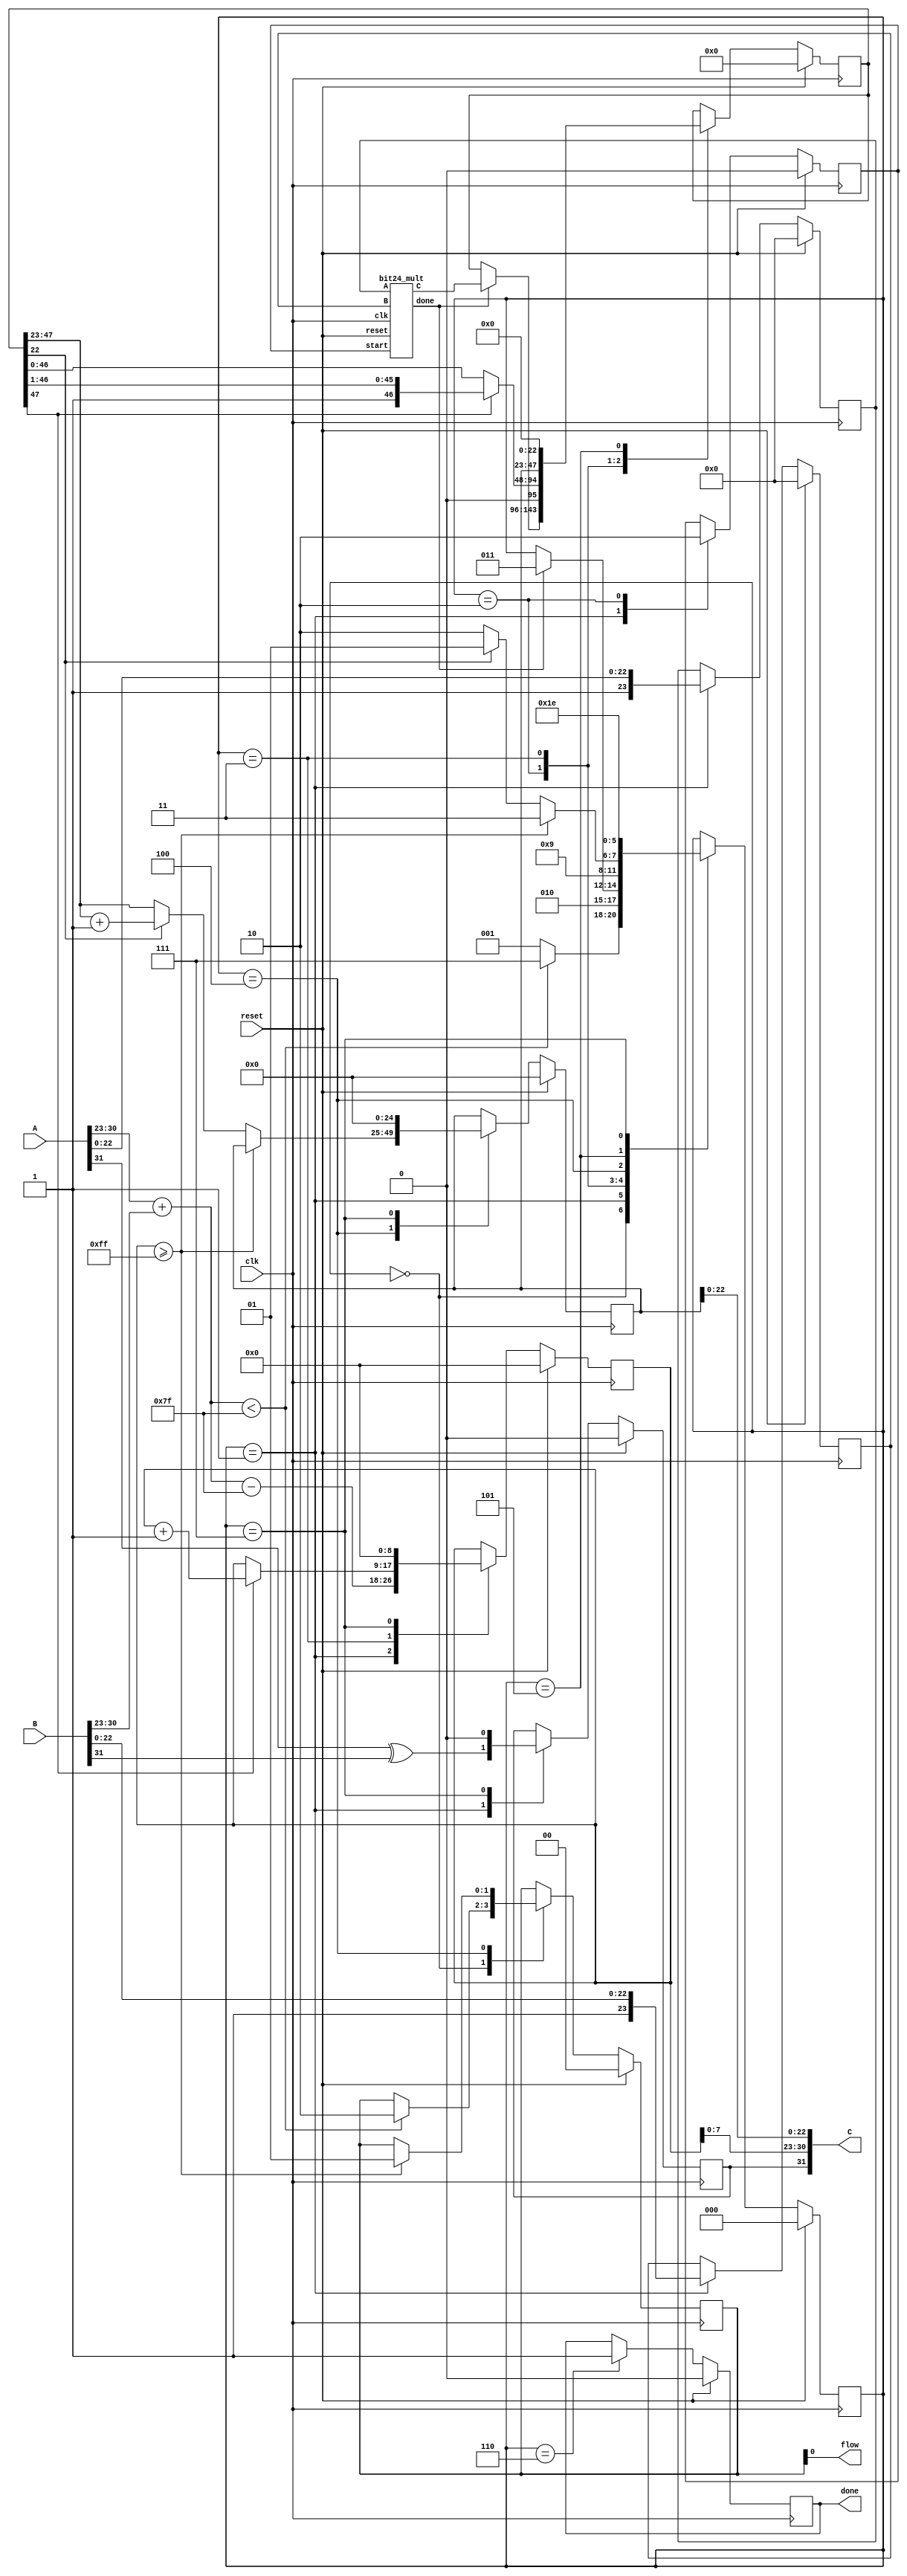
module fp_mult(A,B,clk,reset,C,done,flow);
    input [31:0] A,B;
    input clk;
    input reset;
    output [31:0] C;
    output done, flow;
    // state name
    parameter step1 = 3'b000;
    parameter step2 = 3'b001;
    parameter step3 = 3'b010;
    parameter step4 = 3'b011;
    parameter step5 = 3'b100;
    parameter step6 = 3'b101;
    parameter step7 = 3'b110;
    parameter step8 = 3'b111;
    parameter normal = 2'b00;
    parameter overflow = 2'b01;
    parameter underflow = 2'b10;
    
    reg [2:0] state;
    reg [1:0] r_flow;
    reg r_done;
    
    reg c1_out;
    reg [8:0] c2_out;
    reg [47:0] c3_out_b;
    reg [24:0] c3_out_s;
    
    reg [23:0] a_mult, b_mult;
    reg start;
    
    wire [47:0] c_mult;
    wire done_mult;
    
    wire a1_in = A[31];
    wire b1_in = B[31];
    wire [7:0] a2_in = A[30:23];
    wire [7:0] b2_in = B[30:23];
    wire [22:0] a3_in = A[22:0];
    wire [22:0] b3_in = B[22:0];
    
    assign flow = r_flow;
    assign done = r_done;
    assign C = {c1_out, c2_out[7:0], c3_out_s[22:0]};
    
    bit24_mult mult(a_mult, b_mult, clk, reset, start, c_mult, done_mult);
    
    always @(posedge clk)
    begin
        // initialize
        if (reset)
        begin
            r_flow <= 2'b00;
            r_done <= 1'b0;
            c1_out <= 1'b0;
            c2_out <= 9'b0;
            c3_out_s <= 25'b0;
            c3_out_b <= 48'b0;
            a_mult <= 24'b0;
            b_mult <= 24'b0;
            start <= 1'b0;
			state <= step1;
        end 
        else
        begin
            case (state)
                // underflow or not
                step1:
                begin
                    if (a2_in + b2_in < 127)
                    begin
                    r_flow <= 2'b10;
                    state <= step8;
                    end
                    else
                    begin
                    state <= step2;
                    end
                end
                // assignment inputs
                step2:
                begin
                    c1_out <= a1_in ^ b1_in;
                    c2_out <= a2_in + b2_in - 127;
                    a_mult <= {1'b1, a3_in};
                    b_mult <= {1'b1, b3_in};
                    start <= 1'b1;
                    state <= step3;
                end
                // assignment outputs
                step3:
                begin
                    if (done_mult)
                    begin
                        c3_out_b <= c_mult;
                        state <= step4;
                    end
                    start <= 1'b0;
                end
                // normalize
                step4:
                begin
                    if (c3_out_b[47])
                    begin
                        c3_out_b <= c3_out_b >> 1;
                        c2_out <= c2_out + 1;
                    end
                    state <= step5;
                end
                // overflow or not
                step5:
                begin
                    if (c2_out >= 255)
                    begin
		                r_flow <= 2'b01;
                        state <= step8;
                    end
                    else
                    begin
                        // round-off
                        if (c3_out_b[22])
                        begin
                            c3_out_s <= c3_out_b[47:23] + 1;
                            state <= step6;
                        end
                        else 
                        begin
                            c3_out_s <= c3_out_b[47:23];
                            state <= step7;
                        end
                    end
                end
                // ready to re-normalize
                step6: 
                begin
                    c3_out_b <= {c3_out_s, 23'b0};
                    state <= step4;
                end
                // done
                step7: r_done <= 1'b1;
                // exception handing
                step8:
                begin
                    c1_out <= 1'b0;
                    c2_out <= 9'b0;
                    c3_out_s <= 25'b0;
                    state <= step7;
                end
            endcase
        end
    end
endmodule

module bit24_mult(A,B,clk,reset,start,C,done);
    input [23:0] A,B;
    input clk;
    input start, reset;
    output [47:0] C;
    output done;
    // state name
    parameter step1 = 2'b00;
    parameter step2 = 2'b01;
    parameter step3 = 2'b10;
    
    reg [1:0] state;
    reg [5:0] counter;
    reg r_done;
    reg [47:0] r_c;
    
    reg [23:0] P, PA;
    
    reg[23:0] a_add, b_add;
    reg cin;
    
    wire [23:0] c_add;
    wire cout_add;
    
    assign C = r_c;
    assign done = r_done;
    
    bit24_select_adder adder(a_add, b_add, cin, c_add, cout_add);
    
    always@(posedge clk)
    begin
        // reset
        if (reset)
        begin
            counter <= 0;
            r_done <= 1'b0;
            P <= 24'b0;
            PA <= 24'b0;
            a_add <= 24'b0;
            b_add <= 24'b0;
            cin <= 1'b0;
            state <= step1;
        end
        else
        begin
            case (state)
                // initialze registers
                step1:
                begin
                    if (start)
                    begin
                    counter <= 0;
                    P <= 24'b0;
                    PA <= A;
                    state <= step2;
                    end
                end
                // assignment input and output
                step2:
                begin
                    if (counter == 24)
                    begin
                        r_c <= {P, PA};
                        r_done <= 1'b1;
                        state <= step1;
                    end
                    else
                    begin
                        counter <= counter + 1;
                        a_add <= {24{PA[0]}} & B;
                        b_add <= P[23:0];
                        state <= step3;
                    end
                end
                // assignment output of adder
                step3:
                begin
                    P <= {cout_add, c_add[23:1]};
                    PA <= {c_add[0], PA[23:1]};
                    state <= step2;
                end
            endcase
        end
    end
endmodule

module bit24_select_adder(A,B,CIN,C,COUT);
    input [23:0] A,B;
    input CIN;
    output [23:0] C;
    output COUT;
    wire [5:0] TC;
    bit4_select_adder adder1(A[3:0],B[3:0],C[3:0],CIN,TC[0]);
    bit4_select_adder adder2(A[7:4],B[7:4],C[7:4],TC[0],TC[1]);
    bit4_select_adder adder3(A[11:8],B[11:8],C[11:8],TC[1],TC[2]);
    bit4_select_adder adder4(A[15:12],B[15:12],C[15:12],TC[2],TC[3]);
    bit4_select_adder adder5(A[19:16],B[19:16],C[19:16],TC[3],TC[4]);
    bit4_select_adder adder6(A[23:20],B[23:20],C[23:20],TC[4],TC[5]);
    assign COUT = TC[5];
endmodule

module bit4_select_adder(A,B,C,CIN,COUT);
    input [3:0] A,B;
    input CIN;
    output [3:0] C;
    output COUT;
    wire COUTG,COUTV;
    wire [3:0] CG,CV;
    parameter GROUND = 1'b0;
    parameter VDD = 1'b1;
    bit4_adder adder1(A,B,CG,GROUND,COUTG);
    bit4_adder adder2(A,B,CV,VDD,COUTV);
    adder_mux mux1(CG[0],CV[0],CIN,C[0]);
    adder_mux mux2(CG[1],CV[1],CIN,C[1]);
    adder_mux mux3(CG[2],CV[2],CIN,C[2]);
    adder_mux mux4(CG[3],CV[3],CIN,C[3]);
    adder_mux mux5(COUTG,COUTV,CIN,COUT);
endmodule

module adder_mux(CG,CV,CIN,C);
    input CG,CV,CIN;
    output C;
    assign C = (CIN) ? CV : CG;
endmodule 
    

module bit4_adder(A,B,C,CIN,COUT);
    input [3:0] A,B;
    input CIN;
    output [3:0] C;
    output COUT;
    wire [2:0] TC;
    full_adder adder1(A[0],B[0],C[0],CIN,TC[0]);
    full_adder adder2(A[1],B[1],C[1],TC[0],TC[1]);
    full_adder adder3(A[2],B[2],C[2],TC[1],TC[2]);
    full_adder adder4(A[3],B[3],C[3],TC[2],COUT);
endmodule

module full_adder(A,B,C,CIN,COUT);
    input A,B,CIN;
    output C,COUT;
    assign C = A ^ B ^ CIN;
    assign COUT = (A & B) | (A & CIN) | (B & CIN);
endmodule